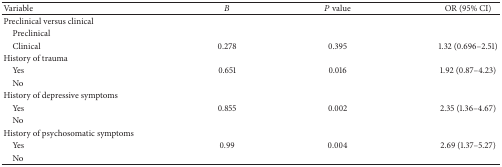
<table><thead><tr><td><b>Variable</b></td><td><b><i>B</i></b></td><td><b><i>P</i> value</b></td><td><b>OR (95% CI)</b></td></tr></thead><tbody><tr><td>Preclinical versus clinical</td><td> </td><td> </td><td> </td></tr><tr><td> Preclinical</td><td> </td><td> </td><td> </td></tr><tr><td> Clinical</td><td>0.278</td><td>0.395</td><td>1.32 (0.696–2.51)</td></tr><tr><td>History of trauma</td><td> </td><td> </td><td> </td></tr><tr><td> Yes</td><td>0.651</td><td>0.016</td><td>1.92 (0.87–4.23)</td></tr><tr><td> No</td><td> </td><td> </td><td> </td></tr><tr><td>History of depressive symptoms</td><td> </td><td> </td><td> </td></tr><tr><td> Yes</td><td>0.855</td><td>0.002</td><td>2.35 (1.36–4.67)</td></tr><tr><td> No</td><td> </td><td> </td><td> </td></tr><tr><td>History of psychosomatic symptoms</td><td> </td><td> </td><td> </td></tr><tr><td> Yes</td><td>0.99</td><td>0.004</td><td>2.69 (1.37–5.27)</td></tr><tr><td> No</td><td> </td><td> </td><td> </td></tr></tbody></table>